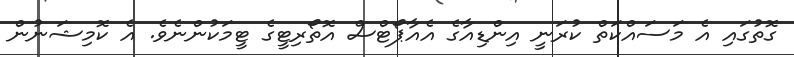
ގޮތުގައި އެ މަސައްކަތް ކުރަނީ އިންޑިއާގެ އެއާޕޯޓްސް އޮތޯރިޓީގެ ޓީމަކުންނެވެ. އެ ކޮމިޝަނުން